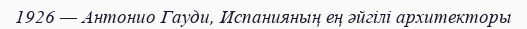
1926 — Антонио Гауди, Испанияның ең әйгілі архитекторы